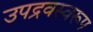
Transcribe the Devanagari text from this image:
उपद्रवस्वरूप